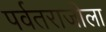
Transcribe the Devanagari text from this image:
पर्वतराजीला